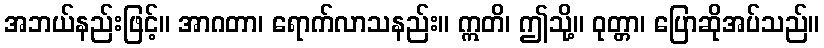
အဘယ်နည်းဖြင့်။ အာဂတာ၊ ရောက်လာသနည်း။ ဣတိ၊ ဤသို့။ ဝုတ္တာ၊ ပြောဆိုအပ်သည်။